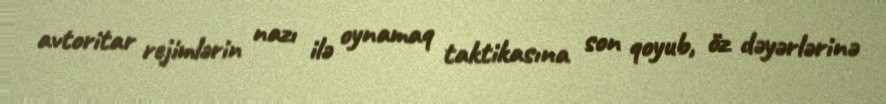
avtoritar rejimlərin nazı ilə oynamaq taktikasına son qoyub, öz dəyərlərinə